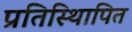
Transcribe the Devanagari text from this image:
प्रतिस्थिापित